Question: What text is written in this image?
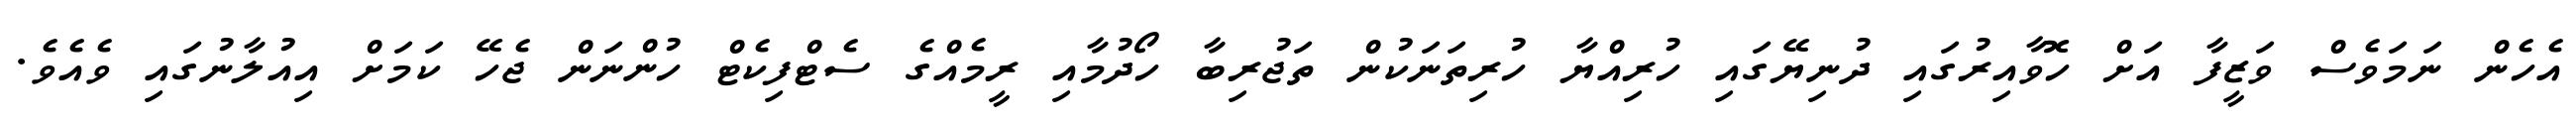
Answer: އެހެން ނަމަވެސް ވަޒީފާ އަށް ހޮވާއިރުގައި ދުނިޔޭގައި ހުރިއްޔާ ހުރިތަނަކުން ތަޖުރިބާ ހޯދުމާއި ރީމެއްގެ ސެޓްފިކެޓް ހުންނަން ޖެހޭ ކަމަށް އިއުލާނުގައި ވެއެވެ.